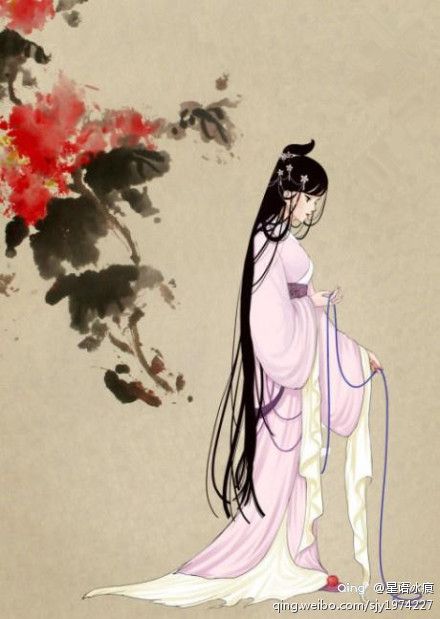
秋到边城角声哀，烽火照高台。